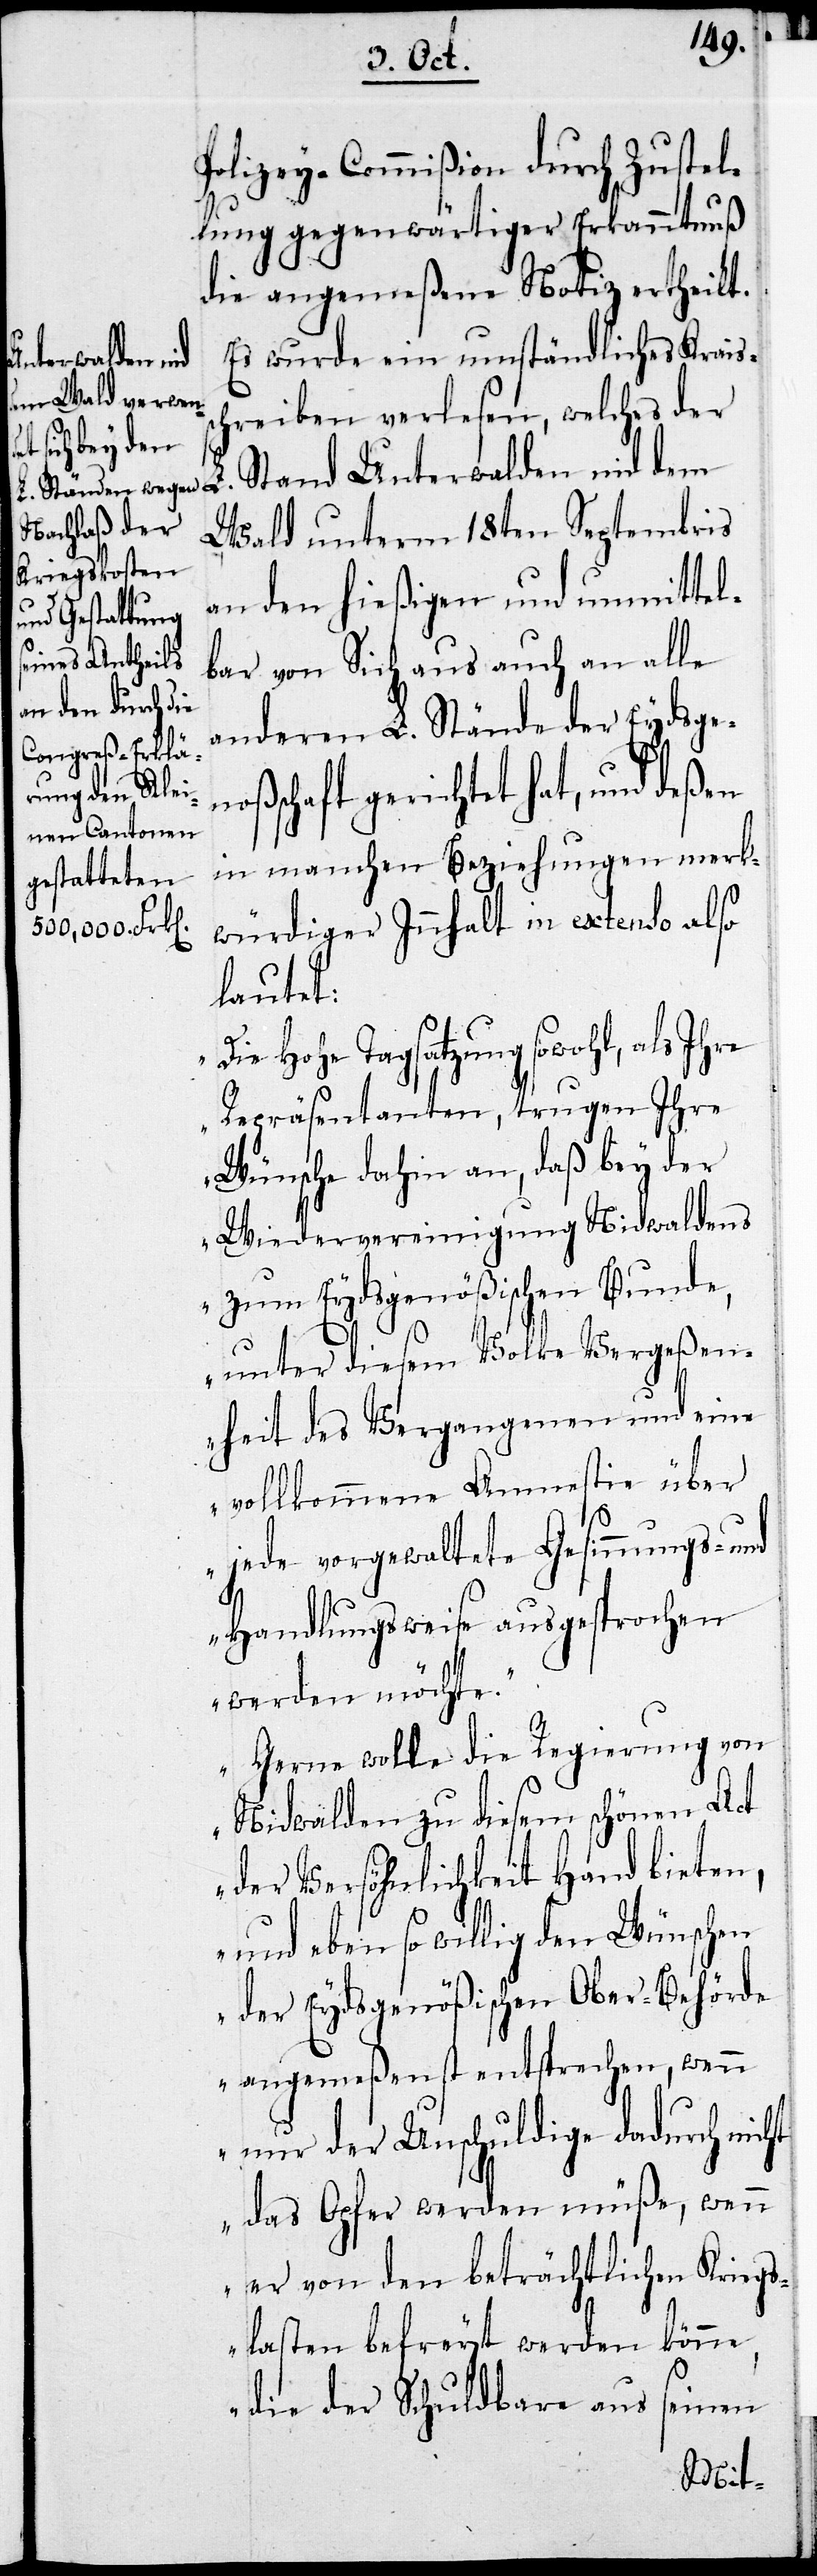
Polizey-Commißion durch Zustel¬
lung gegenwärtiger Erkanntnuß
die angemeßene Notiz ertheilt.
Es wurde ein umständliches Kraiss¬
chreiben verlesen, welches der
Stand Unterwalden nid dem
Wald unterm 18ten Septembris
an den hießigen und unmittel¬
bar von Sich aus auch an alle
anderen L. Stände der Eydgen¬
oßenschaft gerichtet hat, und deßen
in manchen Beziehungen merk¬
würdiger Innhalt in extenso also
lautet:
Hohe Tagsatzung sowohl, als Ihre
Repräsentanten, trugen Ihre
Wünsche dahin an, daß bey der
Wiedervereinigung Nidwaldens
zum Eydsgenößischen Bunde,
unter diesem Volk Vergeßen¬
heit des Vergangenen und eine
vollkommenen Amnestie über
jede vorgewaltete Gesinnungs- und
Handlungsweise ausgesprochen
werden möchte.
Gerne wolle die Regierung von
Nidwalden zu diesem schönen Act
der Versöhnlichkeit Hand bieten,
und eben so willig den Wünschen
der Eydsgenößischen Über-Behörde
angemeßenst entsprechen, wenn
nur der Unschuldige dadurch nic¬
ht das Opfer werden müße, wenn
er von den beträchtlichen Kriegs¬
lasten befreyt werden könne,
die der Schuldbare aus seinem